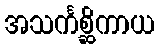
အသင်္ကစ္ဆိကာယ